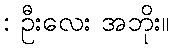
: ဦးလေး အဘိုး။